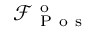
\mathcal { F } _ { \mathrm { ~ P ~ o ~ s ~ } } ^ { \mathrm { ~ o ~ } }